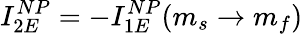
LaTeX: I_{2E}^{NP}=-I_{1E}^{NP}(m_{s}\rightarrow m_{f})